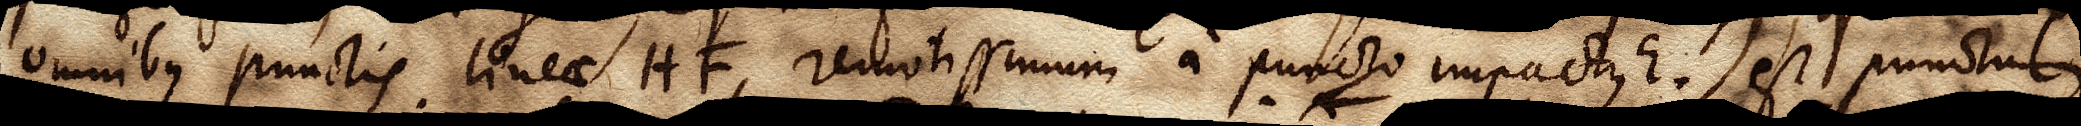
omnibus punctis lineae HF, remotissimum a puncto impactus E est punctum